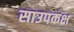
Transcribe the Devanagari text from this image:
साउपकक्ष